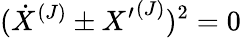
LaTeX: ({\dot{X}}^{(J)}\pm{X^{\prime}}^{(J)})^{2}=0